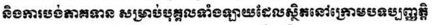
និងការបង់ភាគទាន សម្រាប់បុគ្គលទាំងឡាយដែលស្ថិតនៅក្រោមបទប្បញ្ញត្តិ